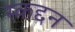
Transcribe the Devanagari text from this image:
स्कद्दन